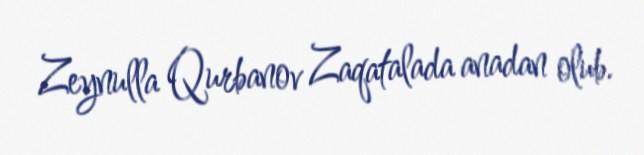
Zeynulla Qurbanov Zaqatalada anadan olub.